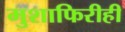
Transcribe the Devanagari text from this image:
मुशाफिरीही